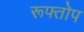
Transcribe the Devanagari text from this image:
रूफ्तोप